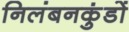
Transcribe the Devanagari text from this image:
निलंबनकुंडों